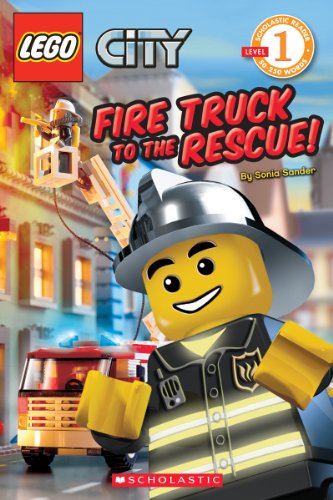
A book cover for Fire Truck to the Rescue! (LEGO City, Scholastic Reader: Level 1); Sonia Sander; Children's Books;